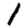
Digit: 1